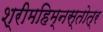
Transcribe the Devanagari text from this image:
श्रीमहिम्नस्तोत्र